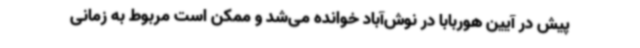
پیش در آیین هوربابا در نوش‌آباد خوانده می‌شد و ممکن است مربوط به زمانی